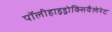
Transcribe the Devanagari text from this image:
पॉलीहाइड्रोक्सिवैलेरेट